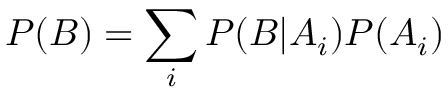
P ( B ) = \sum _ { i } { P ( B | A _ { i } ) P ( A _ { i } ) }